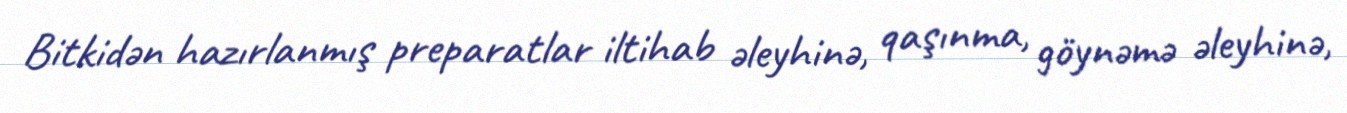
Bitkidən hazırlanmış preparatlar iltihab əleyhinə, qaşınma, göynəmə əleyhinə,